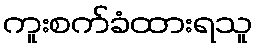
ကူးစက်ခံထားရသူ